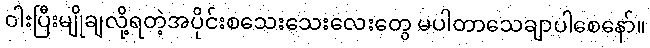
ဝါးပြီးမျိုချလို့ရတဲ့အပိုင်းစသေးသေးလေးတွေ မပါတာသေချာပါစေနော်။